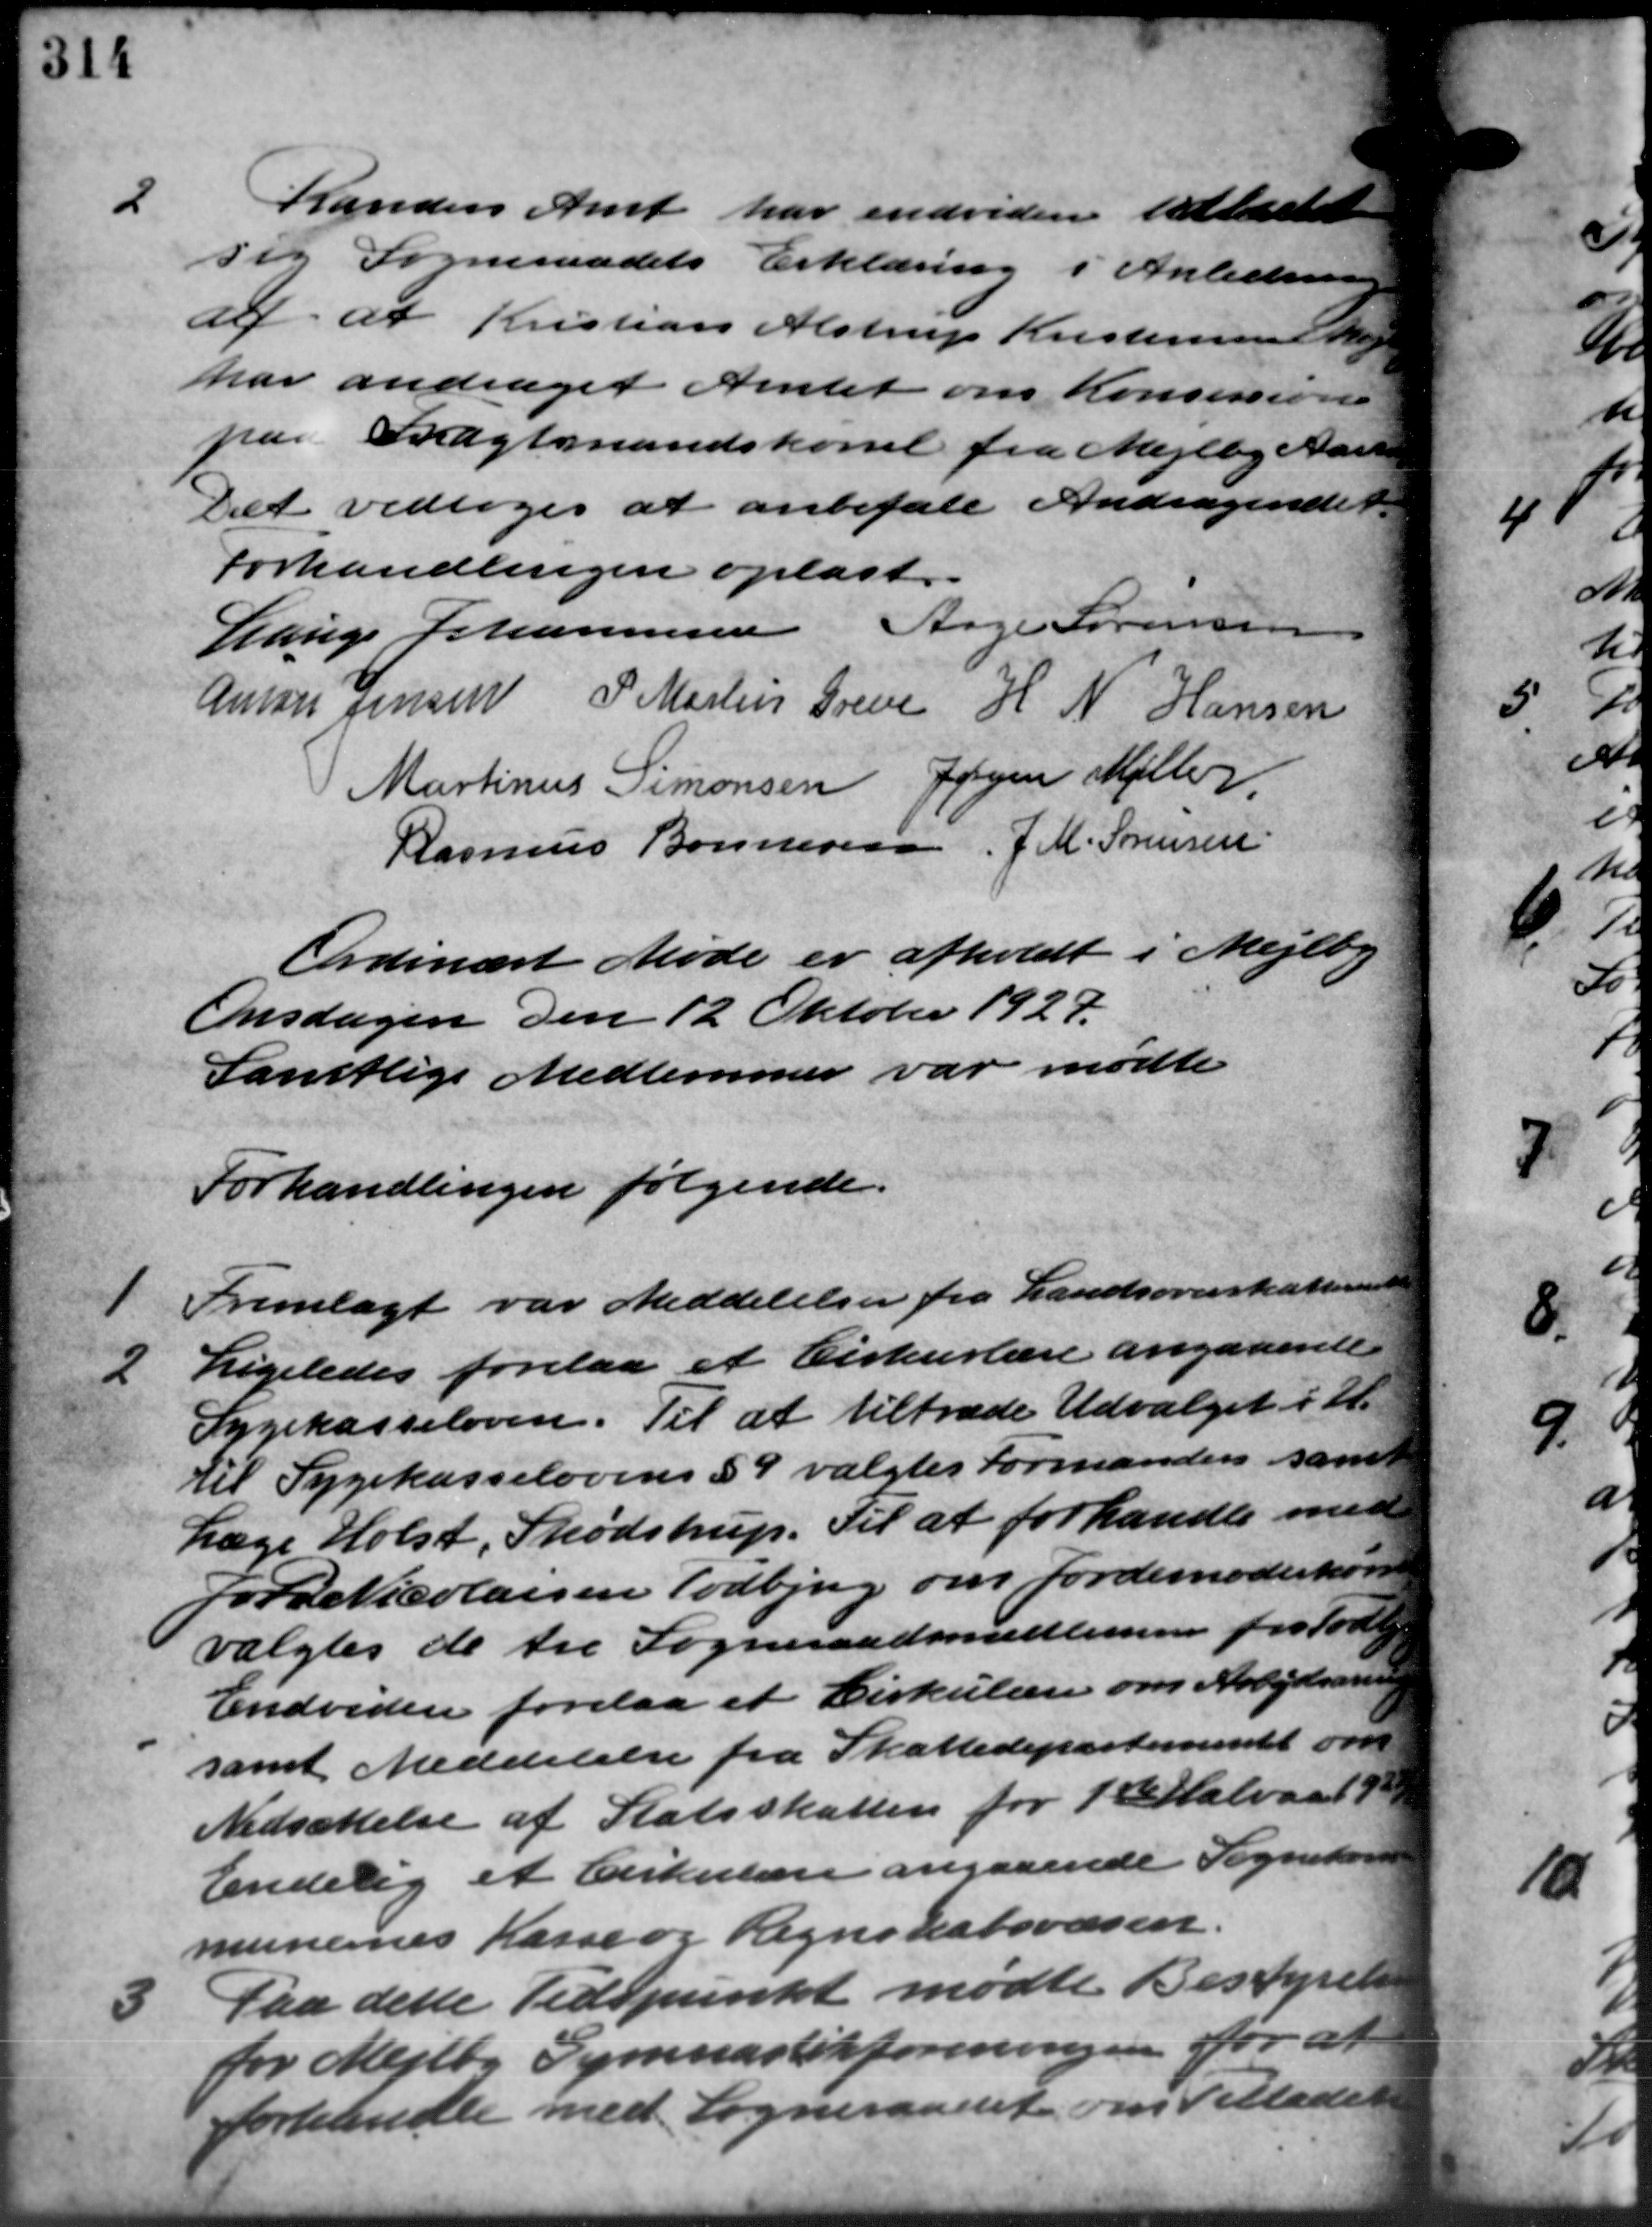
Transskription:
2 Randers Amt har endvidere udbedet
2 Randers Amt har endvidere udbedet
sig Sogneraadets Erklæring i Anledning
af at Kristian Alstrup Kristensen Mej
har andraget Amtet om Konsissione
paa Bagtmandskørsel fra Mejlby Aars
Det vedtoges at anbefale Andragende
Forhandlingen oplæst.
Lauge Johannesen Aage Sørensen
Amars Jensen P. Martin Greve H N Hansen
Martinus Simonsen Jørgen Møller
Rasmus Bonnesen, J. M. Sørensen
Ordinært Møde er afholdt i Mejlby
Onsdagen den 12 Oktober 1927.
Samtlige Medlemmer var mødte
Forhandlingen følgende.
1 Fremlagt var Meddelelser fra Landsoverskatterat
1 Fremlagt var Meddelelser fra Landsoverskatterat
2
Ligeledes forelaa et Cirkulære angaaende
Sygekasseloven. Til at tiltræde Udvalget i H.
til Sygekasselovens § 9 valgtes Formanden samt
Læge Holst, Skødstrup. Til at forhandle med
Jors Nicolaisen Todbjerg om Jordemoderkom
valgtes de tre Sogneraadsmedlemmer fra Todbjerg
Endvidere forelaa et Cirkulære om Arbejdssning
samt Meddelelse fra Skattedepartementet ove
Nedsættelse af Statsskatten for 1ste Halvaar 9
Endelig et Cirkulære angaaende Sognekass
munernes Kasse og Regnskabsvæsen.

Paa dette Tidspunkt mødte Bestyrelse
for Mejlby Gymnastikforeningen for at
forhandle med Sogneraadet om Tilladel